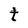
Character: t